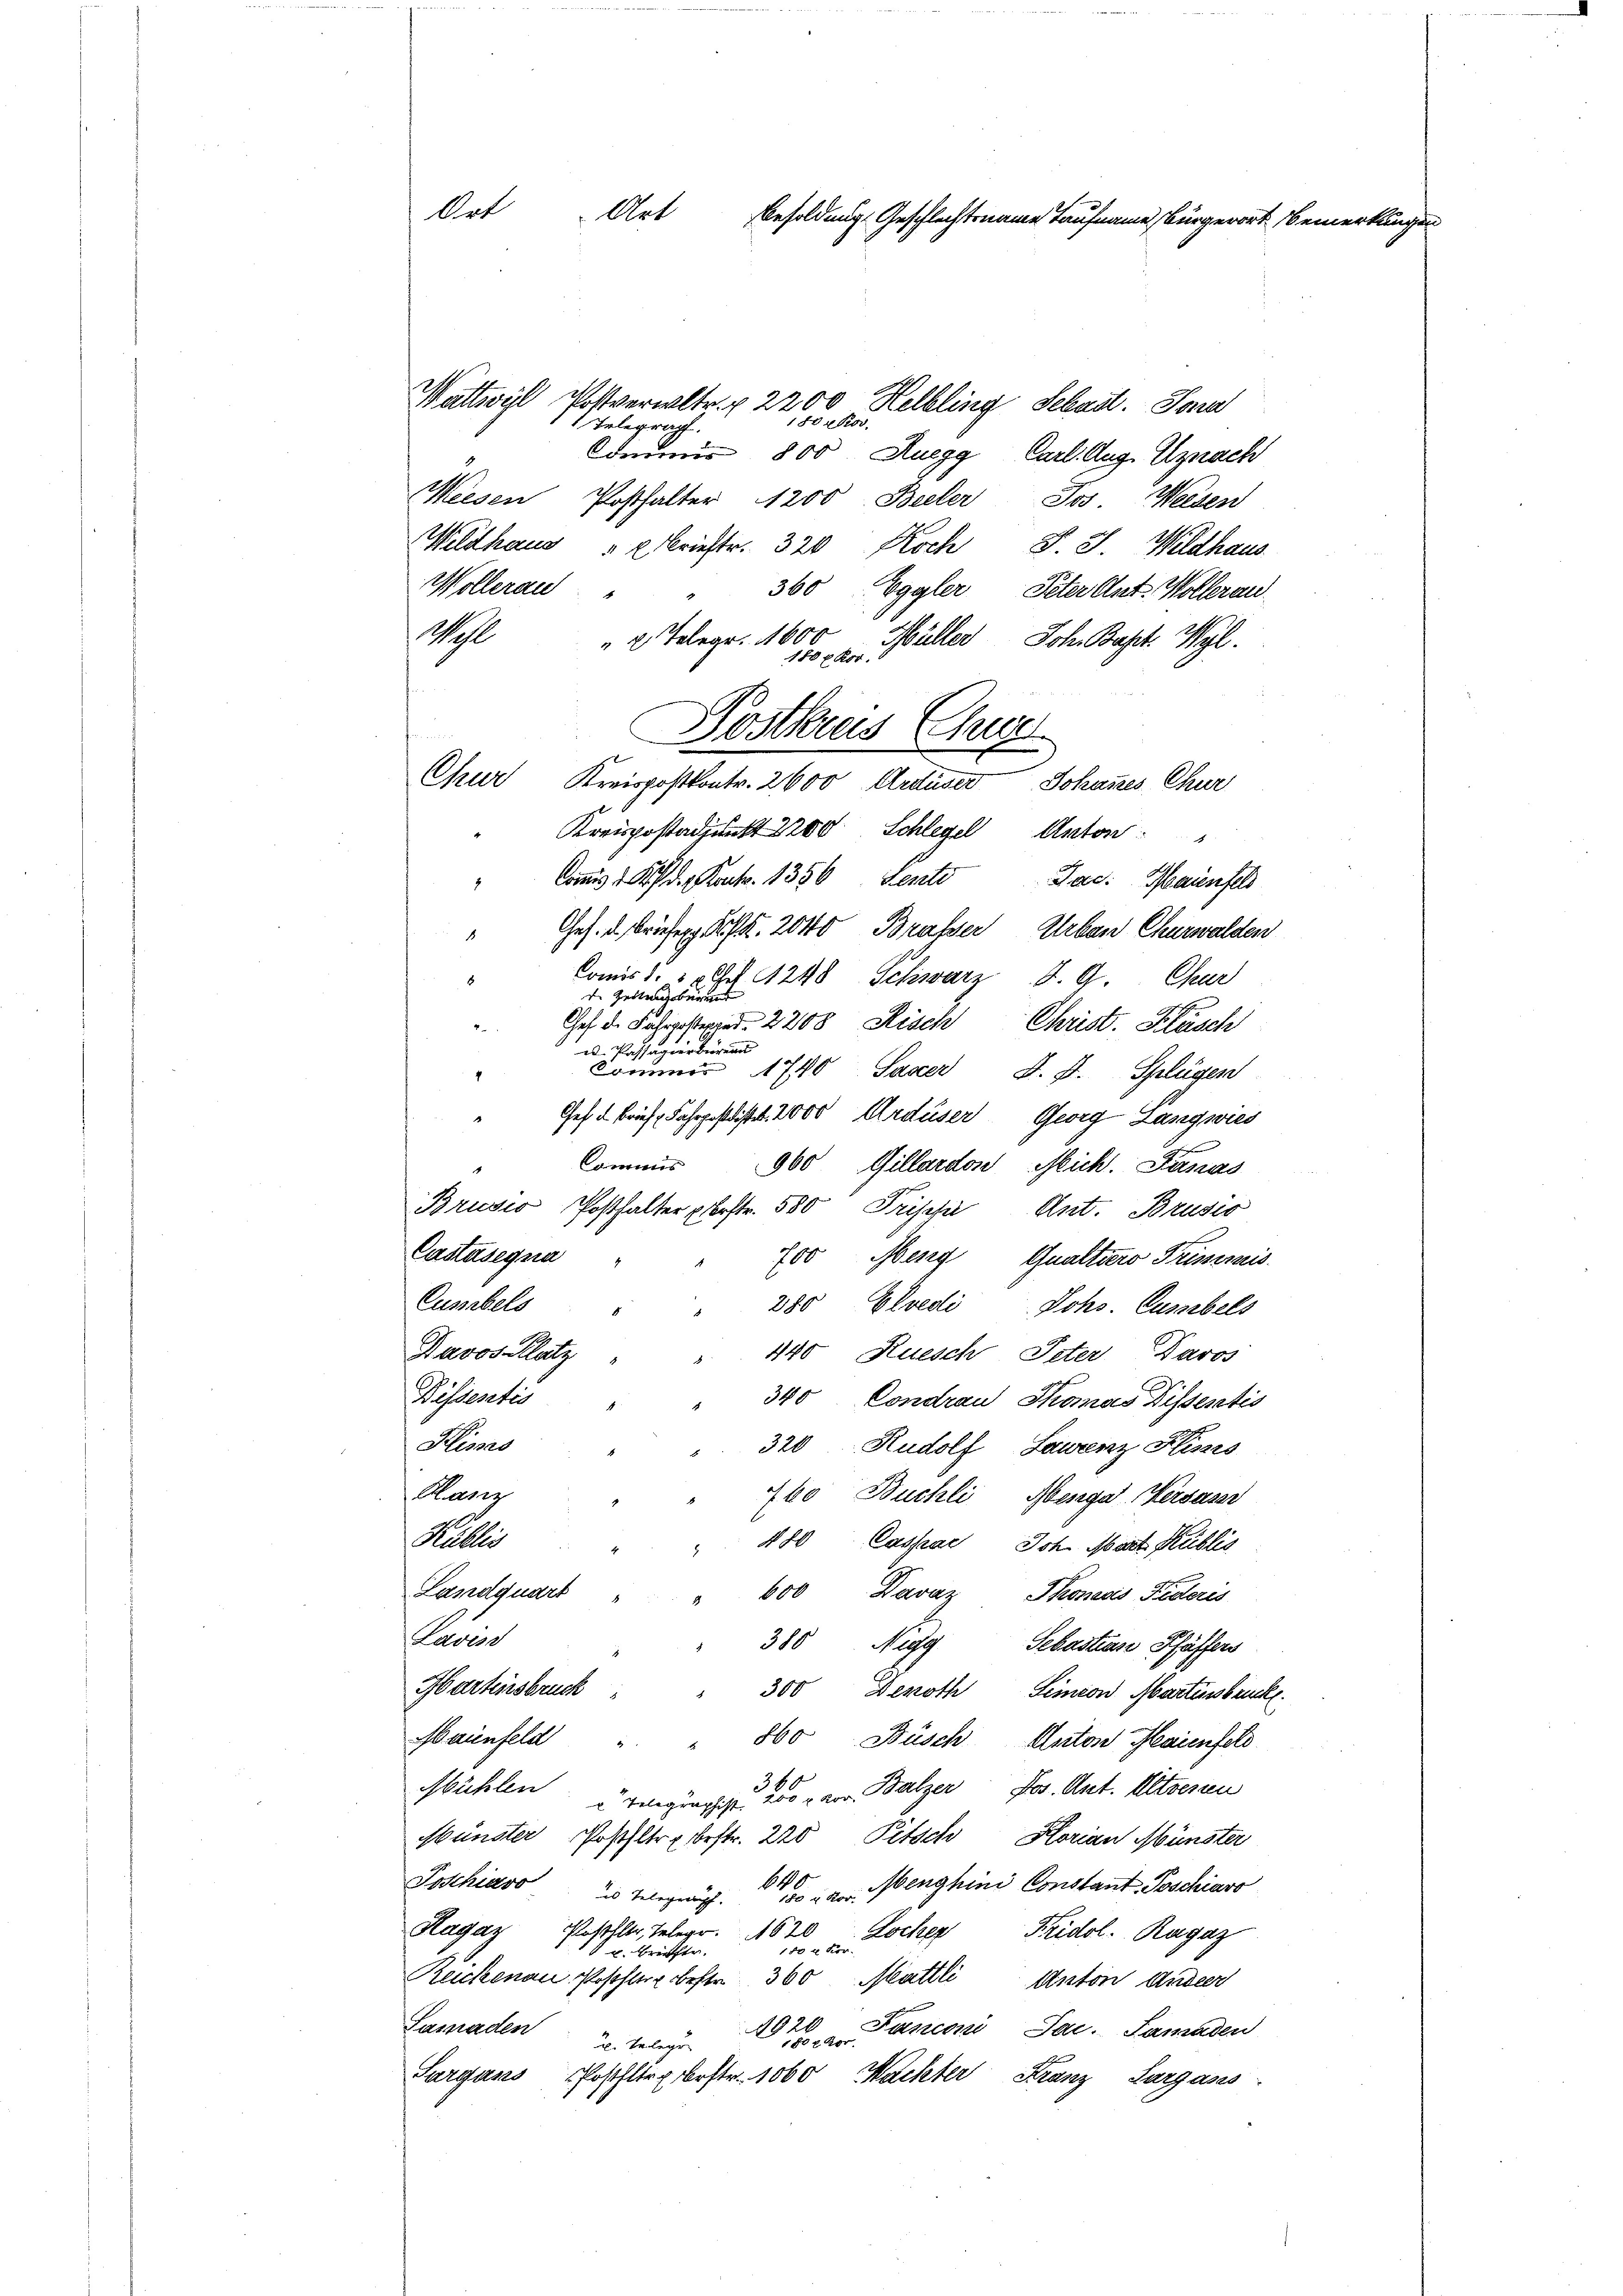
Wattwyl Postverwltr. v. 2200 Helbling Schadt. Sonna
180 Fr.
1. Tale
riis 800 Ruegg, Carl. Aug. Uznach
Meesen Posthalter 1200 Beeler Jos Weesen
Wildhaus " " Brieftr. 320 Koch P. J. Wildhaus
Wollerau
360 Eggler Peter Ant. Wollerau
e
Mohl
" 2 Telegr. 1600
Müller Joh. Bapt. Vgl.
180 l. Kor
Kreispostkontr. 2600 Arduser Johannes Chur
Kreispostadjunkt 1200 Schlegel Anton
Commis d. d. Rect. 1356, Sente Jac. Mainfels
Ges. d. Briefen f. 2040 Brasser Urban Churwalden
18
Comis d. 30 Art. 1248 Schwarz d. 9. Chur
de Zeitungsbegrund
Ges. d. Fahrposteried. 2208 Risch Christ. Kläsch
u. Passagierbür
Cömmer 1740 Saxer d. J. Splügen
Ges. Brief, Fahrpostdist. 2000 Ardüser Georg Langwies
Commis
960 Gillardon Mich. Danas
Brusio Posthalter perstr. 580 Prische Ant. Brusio
Castasegna
00 Meng Qualtiers Priminis
Cusibels
380 Elvedi Johs. Cusibels
Davos Platz
440 Kuesch, Peter Daros
Dissentio
340 Condrau Thomas Dissentis
Plissas
320 Rudolf Lawrenz Klinis
Hanz
760 Buchli, Abenga Versaser
Kullis
480 Cassae Joh. Mart Kublis
Landquart
600 Davaz Thonavis Federis
Lavess
380 Nigg Sebastian Pfäffers
Hartensbruck
300 Denoth, Simeon Martinsbruck.
Maienfeld
860 Büsch Anton Maienfel
360
Mühlen
 Telegung ist, 200 r. von Balzer Jos. Ant. Altressen
Münster Postfltr. bestr. 220 Pitsch Storian Münster
Poschiavo telegt. Wenghini Constant Poschiaro
Hagaz Postler, Telegr. 620
 Lochen Fridol. Ragaz
 u. Brieffte.
Reichenau, Poschler bester 360 Mattli Anton Ander
Lamaden
2. telege 1820 Fanconi, Jac. Sanaden
150 l. Kor
Surgans Posthlr. bestr. 1000 Machter Franz Sargass

Ort
Art Besoldung Geschlechtsname Taufnamen, Bürgerort Bemerkung

Chur

Postkreis (Chause